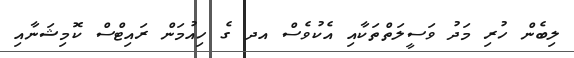
ލިބެން ހުރި މަދު ވަސީލަތްތަކާއި އެކުވެސް އދ ގެ ހިއުމަން ރައިޓްސް ކޮމިޝަނާއި